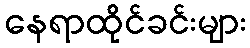
နေရာထိုင်ခင်းများ